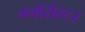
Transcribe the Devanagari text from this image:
ग्लॉसेस्टर